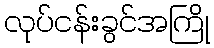
လုပ်ငန်းခွင်အကြို